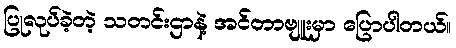
ပြုလုပ်ခဲ့တဲ့ သတင်းဌာနဲ့ အင်တာဗျူးမှာ ပြောပါတယ်။